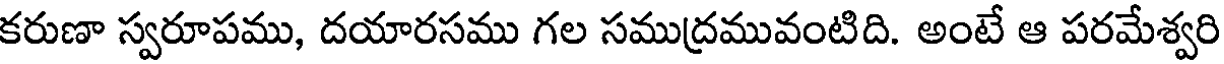
కరుణా స్వరూపము, దయారసము గల సముద్రమువంటిది. అంటే ఆ పరమేశ్వరి